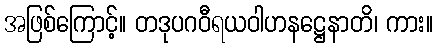
အဖြစ်ကြောင့်။ တဒုပဂဝီရယဝါဟနဋ္ဌေနာတိ၊ ကား။